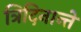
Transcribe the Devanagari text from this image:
त्रिदिनान्ते